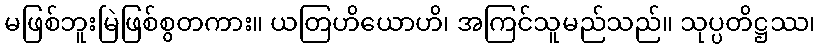
မဖြစ်ဘူးမြဲဖြစ်စွတကား။ ယတြဟိယောဟိ၊ အကြင်သူမည်သည်။ သုပ္ပတိဋ္ဌဿ၊